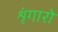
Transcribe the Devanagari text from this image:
शृंगारो